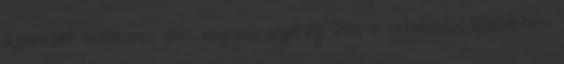
újszülött babakocsi, ami angyali segítség lesz a babakocsis közlekedés